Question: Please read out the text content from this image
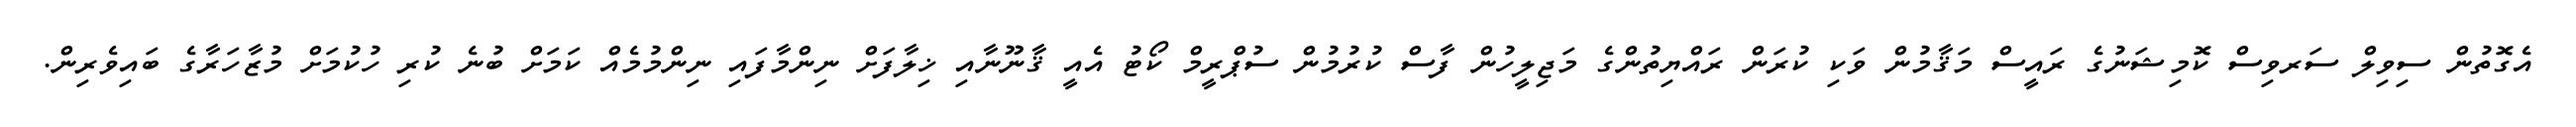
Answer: އެގޮތުން ސިވިލް ސަރވިސް ކޮމިޝަނުގެ ރައީސް މަޤާމުން ވަކި ކުރަން ރައްޔިތުންގެ މަޖިލީހުން ފާސް ކުރުމުން ސުޕްރީމް ކޯޓު އެއީ ޤާނޫނާއި ޚިލާފަށް ނިންމާފައި ނިންމުމެއް ކަމަށް ބުނެ ކުރި ހުކުމަށް މުޒާހަރާގެ ބައިވެރިން.